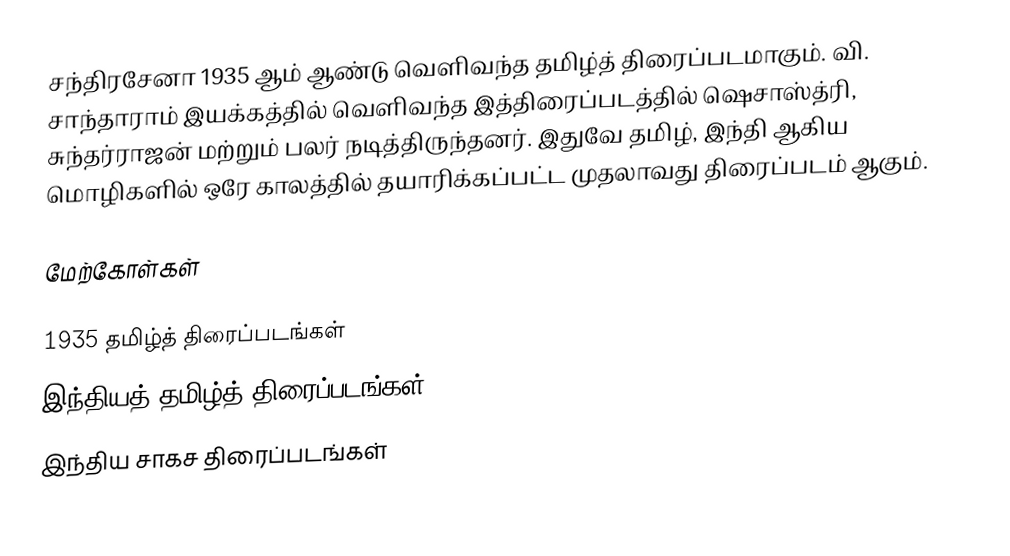
சந்திரசேனா 1935 ஆம் ஆண்டு வெளிவந்த தமிழ்த் திரைப்படமாகும். வி. சாந்தாராம் இயக்கத்தில் வெளிவந்த இத்திரைப்படத்தில் ஷெசாஸ்த்ரி, சுந்தர்ராஜன் மற்றும் பலர் நடித்திருந்தனர். இதுவே தமிழ், இந்தி ஆகிய மொழிகளில் ஒரே காலத்தில் தயாரிக்கப்பட்ட முதலாவது திரைப்படம் ஆகும்.

மேற்கோள்கள்

1935 தமிழ்த் திரைப்படங்கள்
இந்தியத் தமிழ்த் திரைப்படங்கள்
இந்திய சாகச திரைப்படங்கள்